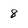
Character: 8